Document type: Sale
Year: 1423
Scribe: Joan Franc
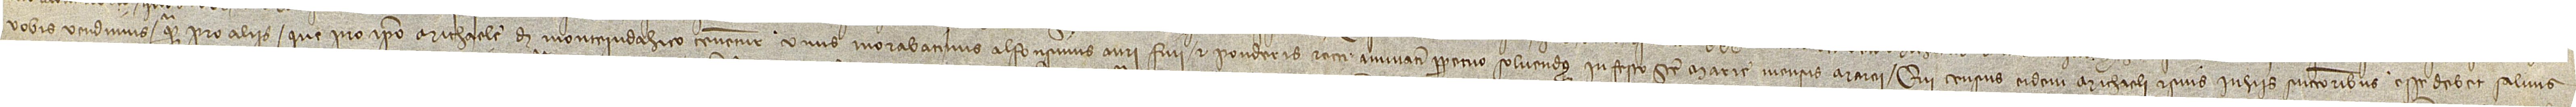
vobis vendimus quam pro aliis que pro ipso Michaele de Monteiudahico tenentur, unus morabatinus alfonsinus auri fini et ponderis rectu annuatim perpetuo solvendus in festo Sancte Marie mensis marcii. Qui census eidem Michaeli et suis in hiis successoribus esse debet salvus